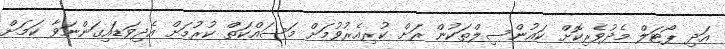
އަދި ޕޯޓަލް މެދުވެރިކޮށް ކައުންސިލްތަކުން ރަށް ކުރިއެރުވުމަށް މަސައްކަތް ކުރުމަށް އެދިވަޑައިގަންނަވާ ކަމަށް